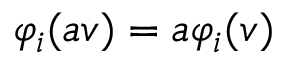
\varphi _ { i } ( a v ) = a \varphi _ { i } ( v )